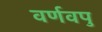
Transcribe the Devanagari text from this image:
वर्णवपु